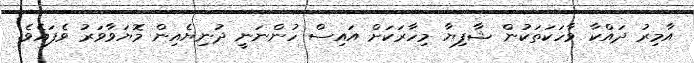
އާމިރު ދައްކާ ވާހަކަތަކުން ޝާފިޔާ މިހާރަކަށް އައިސް ހުންނަނީ ދުނިޔެއިން މޮޔަވާވަރު ވެފައެވެ.